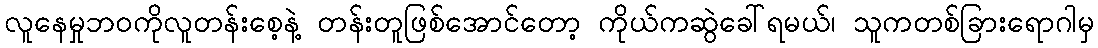
လူနေမှုဘဝကိုလူတန်းစေ့နဲ့ တန်းတူဖြစ်အောင်တော့ ကိုယ်ကဆွဲခေါ်ရမယ်၊ သူကတစ်ခြားရောဂါမှ